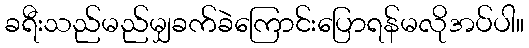
ခရီးသည်မည်မျှခက်ခဲကြောင်းပြောရန်မလိုအပ်ပါ။